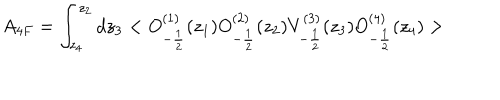
A _ { 4 F } = \int _ { z _ { 4 } } ^ { z _ { 2 } } d z _ { 3 } < O _ { - \frac { 1 } { 2 } } ^ { ( 1 ) } ( z _ { 1 } ) O _ { - \frac { 1 } { 2 } } ^ { ( 2 ) } ( z _ { 2 } ) V _ { - \frac { 1 } { 2 } } ^ { ( 3 ) } ( z _ { 3 } ) O _ { - \frac { 1 } { 2 } } ^ { ( 4 ) } ( z _ { 4 } ) >